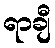
ရာချီ